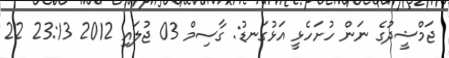
ޖަމްޝީދުގެ ނަން ހުށަހެޅީ އަޅުގަނޑު: ގާސިމް 03 ޖުލައި 2012 23:13 22